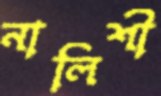
নালিশী